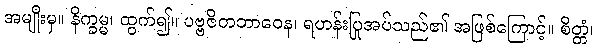
အမျိုးမှ။ နိက္ခမ္မ၊ ထွက်၍။ ပဗ္ဗဇိတဘာဝေန၊ ရဟန်းပြုအပ်သည်၏ အဖြစ်ကြောင့်။ စိတ္တံ၊